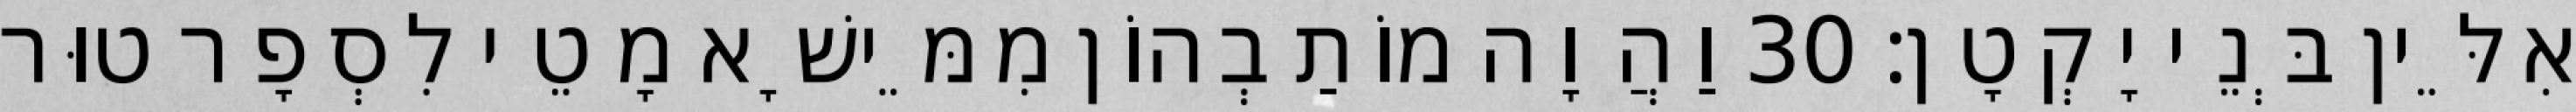
אִלֵּין בְּנֵי יָקְטָן׃ 30 וַהֲוָה מוֹתַבְהוֹן מִמֵּישָׁא מָטֵי לִסְפָר טוּר